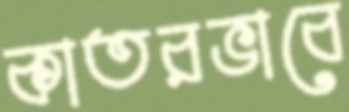
কাতরভাবে